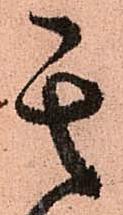
其